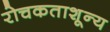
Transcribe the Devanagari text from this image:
रोचकताशून्य